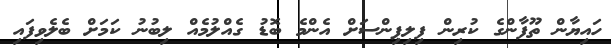
ހައިޔާން ތޫފާންގެ ކުރިން ފިލިޕިންސަށް އެންމެ ބޮޑު ގެއްލުމެއް ލިބުނު ކަމަށް ބެލެވިފައި